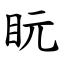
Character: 盶